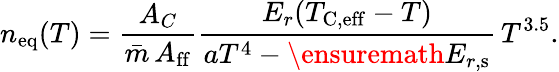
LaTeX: n_{\mathrm{eq}}(T)=\frac{A_{C}}{\bar{m}\, A_{\mathrm{ff}}}\frac{E_{r}(T_{\mathrm{C,eff}}-T)}{aT^{4}-\ensuremath{E_{r,\mathrm{s}}}}\, T^{3.5}.